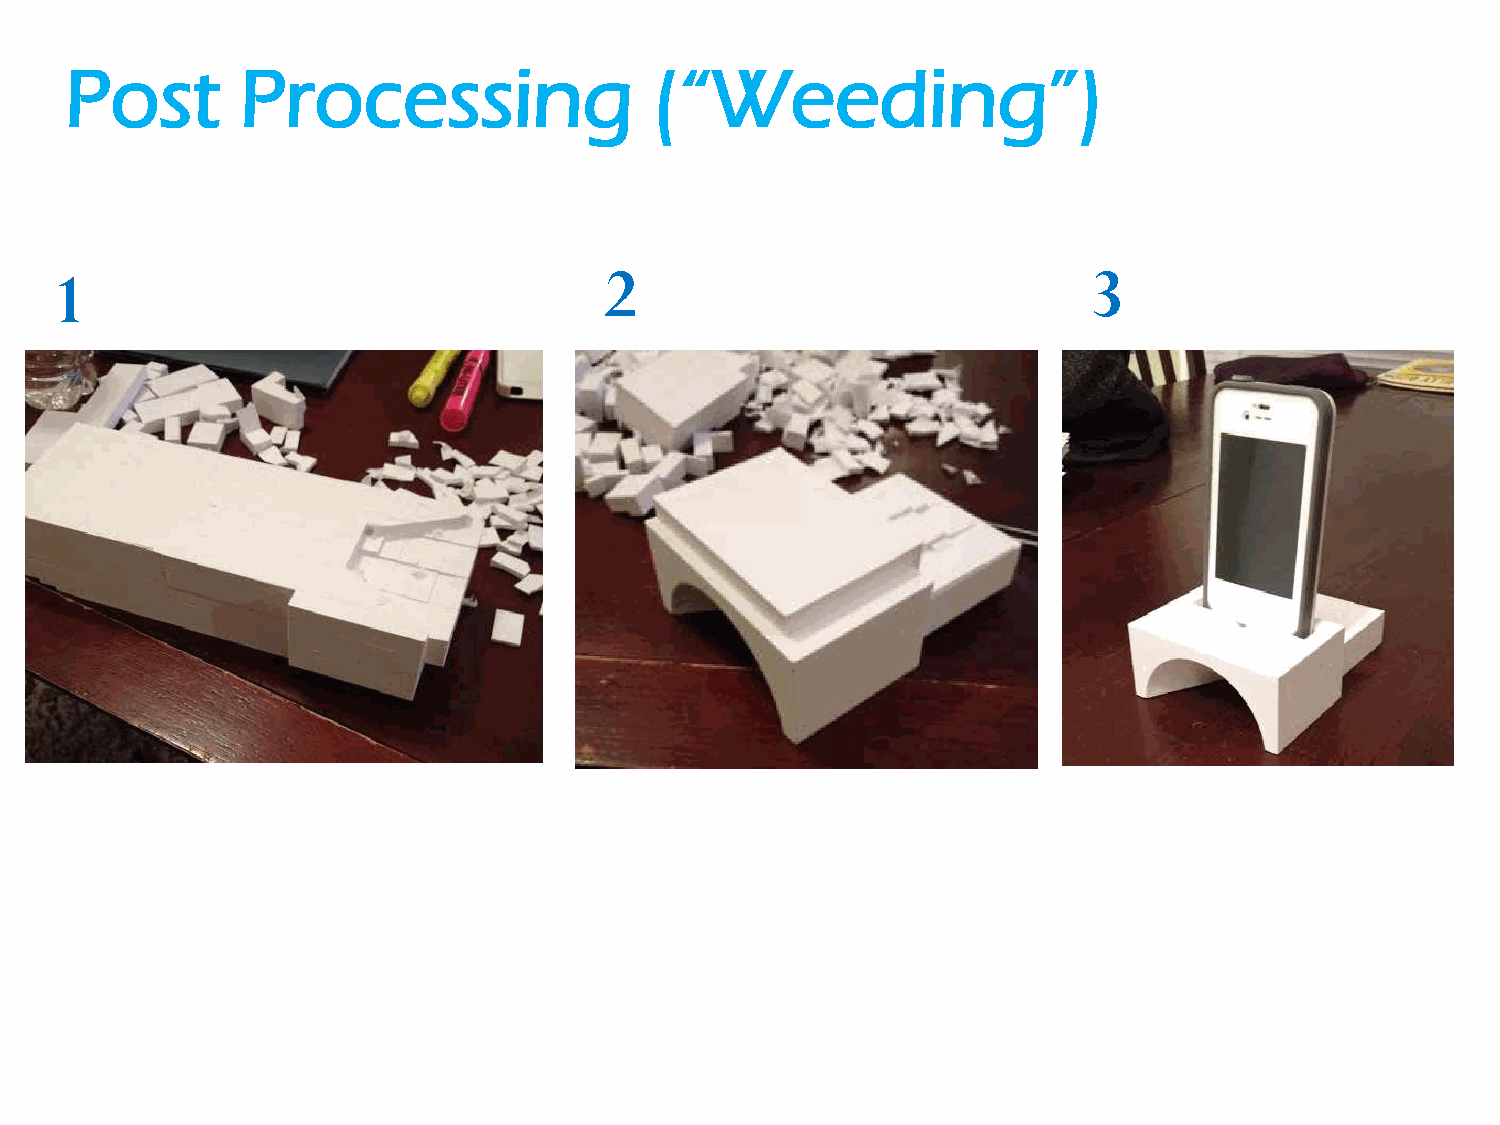
Post        Processing                 (“Weeding”)
 1                                    2                               3